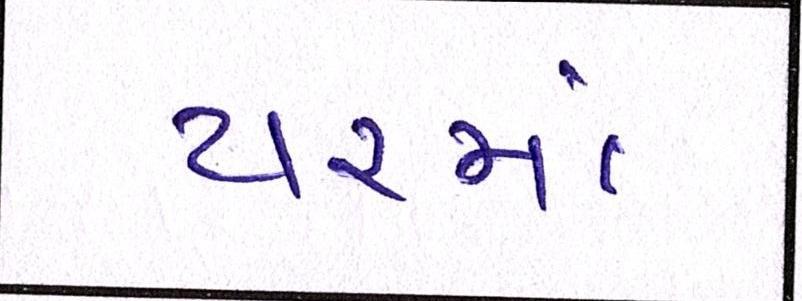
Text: યરમાં